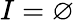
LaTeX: I=\varnothing